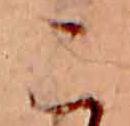
こ